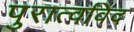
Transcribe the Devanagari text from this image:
पुरात्वविद